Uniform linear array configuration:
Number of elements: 32
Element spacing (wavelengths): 0.25
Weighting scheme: exponential
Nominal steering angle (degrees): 0
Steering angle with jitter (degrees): -0.405
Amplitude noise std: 0.05
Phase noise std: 0.05

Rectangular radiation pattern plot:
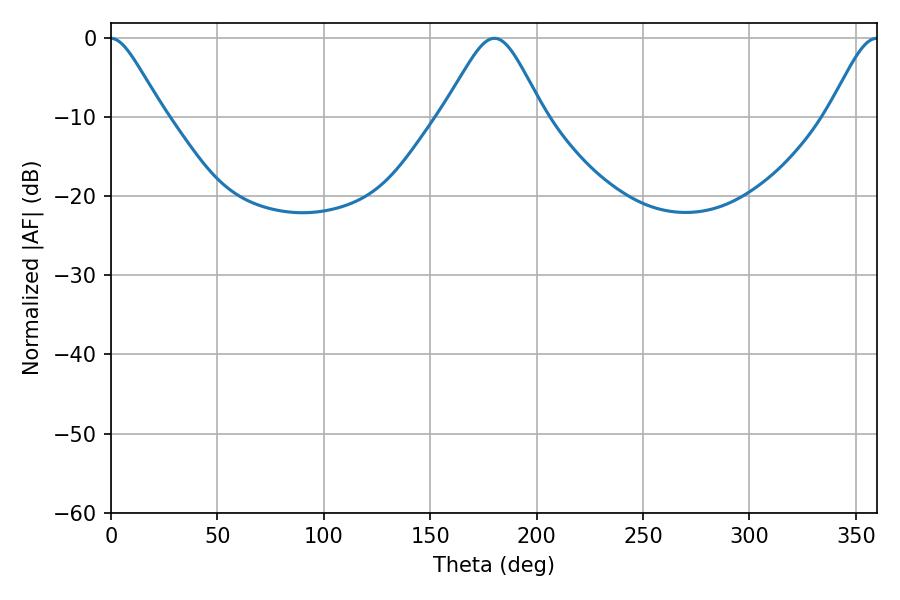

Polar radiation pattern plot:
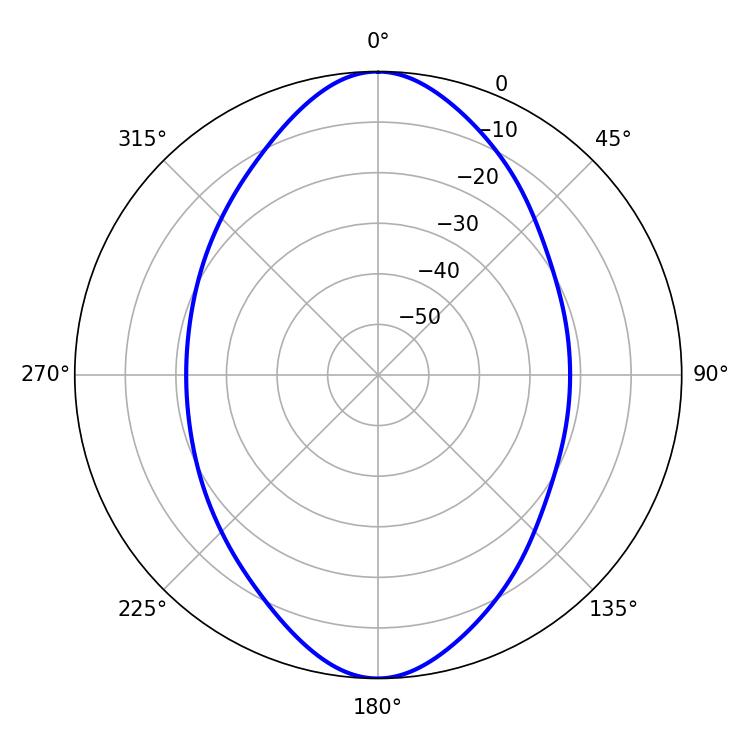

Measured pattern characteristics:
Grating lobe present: FALSE
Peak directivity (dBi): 27.612
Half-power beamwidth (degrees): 23.04
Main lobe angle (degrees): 180.18